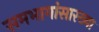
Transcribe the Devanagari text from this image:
समभागांसारख्या